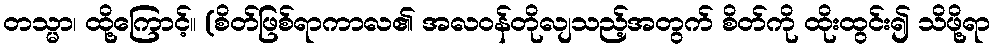
တသ္မာ၊ ထို့ကြောင့်။ (စိတ်ဖြစ်ရာကာလ၏ အလဝန်တိုလျသည့်အတွက် စိတ်ကို ထိုးထွင်း၍ သိဖို့ရာ